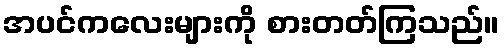
အပင်ကလေးများကို စားတတ်ကြသည်။